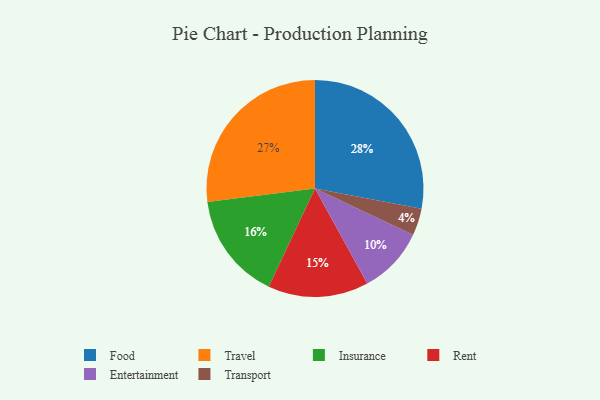
{"axis": {"x": "Category", "y": "Percentage"}, "legend": ["Entertainment", "Food", "Insurance", "Rent", "Transport", "Travel"], "data": [{"x": "Transport", "y": 4, "type": "Transport"}, {"x": "Travel", "y": 27, "type": "Travel"}, {"x": "Rent", "y": 15, "type": "Rent"}, {"x": "Food", "y": 28, "type": "Food"}, {"x": "Insurance", "y": 16, "type": "Insurance"}, {"x": "Entertainment", "y": 10, "type": "Entertainment"}]}